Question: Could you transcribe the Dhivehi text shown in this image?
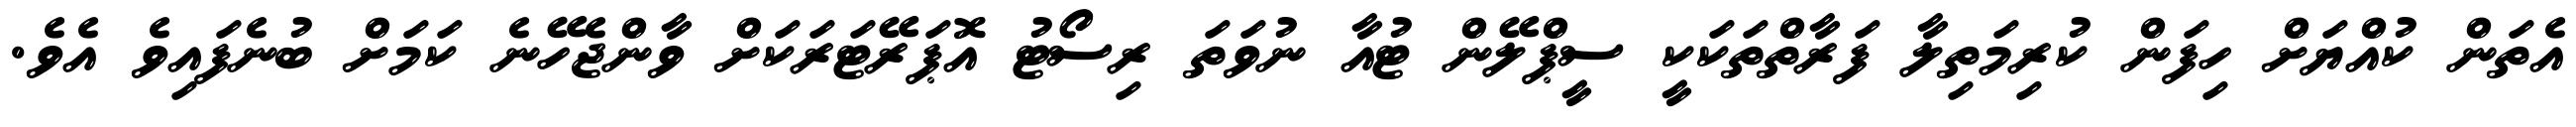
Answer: އެތަން ކުއްޔަށް ހިފަން ކުރިމަތިލާ ފަރާތްތަކަކީ ސީޕްލޭން ޓުއާ ނުވަތަ ރިސޯޓު އޮޕަރޭޓަރަކަށް ވާންޖެހޭނެ ކަމަށް ބުނެފައިވެ އެވެ.